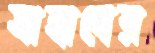
সাহানের